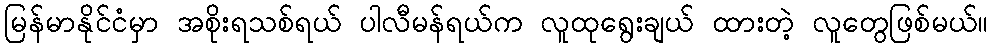
မြန်မာနိုင်ငံမှာ အစိုးရသစ်ရယ် ပါလီမန်ရယ်က လူထုရွေးချယ် ထားတဲ့ လူတွေဖြစ်မယ်။